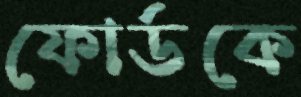
ফোর্ডকে